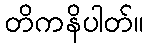
တိကနိပါတ်။